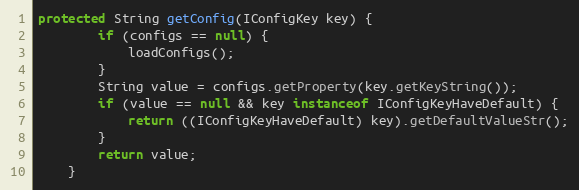
Language: Java
protected String getConfig(IConfigKey key) {
        if (configs == null) {
            loadConfigs();
        }
        String value = configs.getProperty(key.getKeyString());
        if (value == null && key instanceof IConfigKeyHaveDefault) {
            return ((IConfigKeyHaveDefault) key).getDefaultValueStr();
        }
        return value;
    }